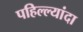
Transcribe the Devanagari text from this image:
पहिल्ल्यांदा